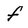
Character: f